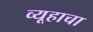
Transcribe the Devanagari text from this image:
व्यूहाचा